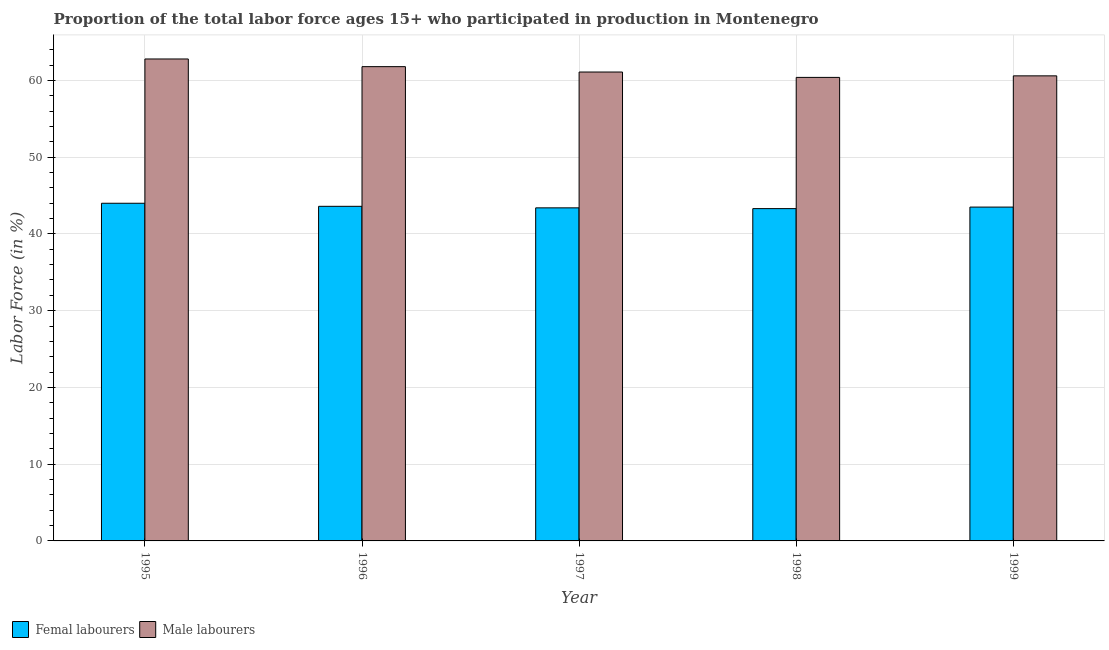
| Year | Femal labourers | Male labourers |
 | --- | --- | --- |
 | 1995 | 44 | 62.8 |
 | 1996 | 43.6 | 61.8 |
 | 1997 | 43.4 | 61.1 |
 | 1998 | 43.3 | 60.4 |
 | 1999 | 43.5 | 60.6 |